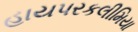
હાયપરકલીમિયા